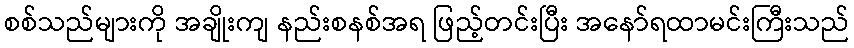
စစ်သည်များကို အချိုးကျ နည်းစနစ်အရ ဖြည့်တင်းပြီး အနော်ရထာမင်းကြီးသည်